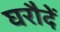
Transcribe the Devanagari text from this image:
घरौदें